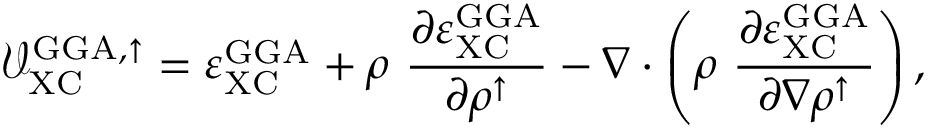
\mathcal { V } _ { \mathrm { X C } } ^ { \mathrm { G G A , \uparrow } } = \varepsilon _ { \mathrm { X C } } ^ { \mathrm { G G A } } + \rho \ \frac { \partial \varepsilon _ { \mathrm { X C } } ^ { \mathrm { G G A } } } { \partial \rho ^ { \uparrow } } - \nabla \cdot \left( \rho \ \frac { \partial \varepsilon _ { \mathrm { X C } } ^ { \mathrm { G G A } } } { \partial \nabla \rho ^ { \uparrow } } \right) ,